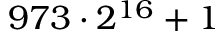
9 7 3 \cdot 2 ^ { 1 6 } + 1